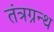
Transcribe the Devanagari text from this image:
तंत्रग्रन्थ